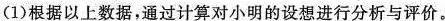
(1)根据以上数据，通过计算对小明的设想进行分析与评价。